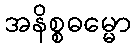
အနိစ္စဓမ္မော